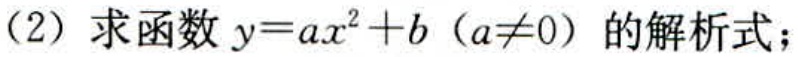
(2) 求函数 \(y = ax^{2}+b\)（\(a\neq0\)）的解析式；